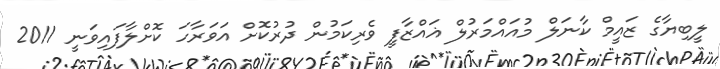
ލީބިޔާގެ ޒައީމް ކާނަލް މުއައްމަރުލް ޣައްޒާފީ ވެރިކަމުން ދުރުކޮށް އަވަރާހަ ކޮށްލާފައިވަނީ 2011